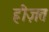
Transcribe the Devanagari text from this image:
ह्रीज़त